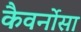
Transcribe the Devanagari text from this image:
कैवर्नोसा